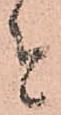
者